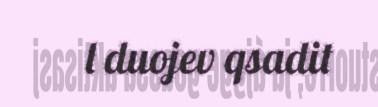
l duojev qsadit